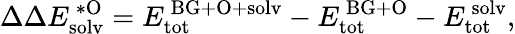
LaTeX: \Delta\Delta E_{\mathrm{solv}}^{\mathrm{\, *O}}=E_{\mathrm{tot}}^{\mathrm{\, BG+O+solv}}-E_{\mathrm{tot}}^{\mathrm{\, BG+O}}-E_{\mathrm{tot}}^{\mathrm{\, solv}},